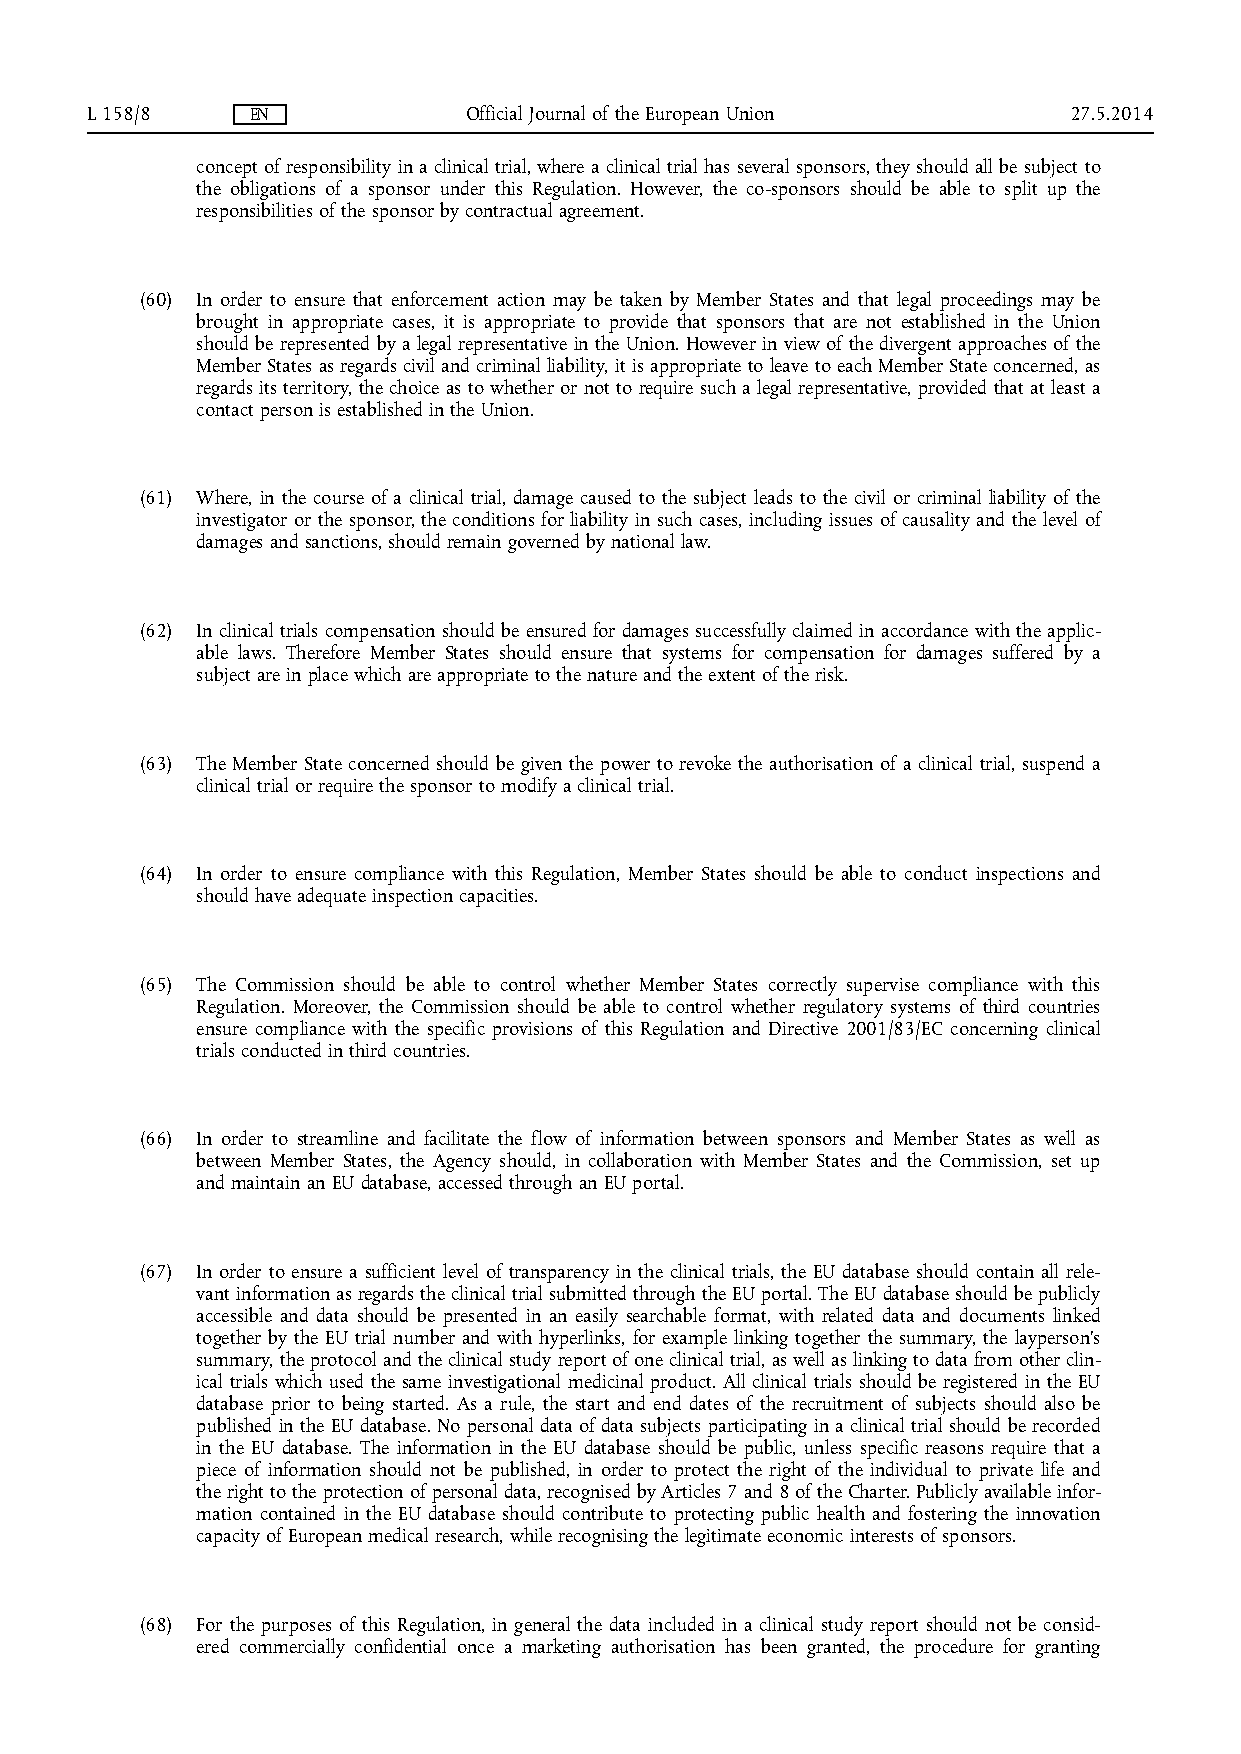
L 158/8    EN            Official Journal of the European Union  27.5.2014
 concept of responsibility in a clinical trial, where a clinical trial has several sponsors, they should all be subject to
 the obligations of a sponsor under this Regulation. However, the co-sponsors should be able to split up the
 responsibilities of the sponsor by contractual agreement.
 (60) In order to ensure that enforcement action may be taken by Member States and that legal proceedings may be
 brought in appropriate cases, it is appropriate to provide that sponsors that are not established in the Union
 should be represented by a legal representative in the Union. However in view of the divergent approaches of the
 Member States as regards civil and criminal liability, it is appropriate to leave to each Member State concerned, as
 regards its territory, the choice as to whether or not to require such a legal representative, provided that at least a
 contact person is established in the Union.
 (61) Where, in the course of a clinical trial, damage caused to the subject leads to the civil or criminal liability of the
 investigator or the sponsor, the conditions for liability in such cases, including issues of causality and the level of
 damages and sanctions, should remain governed by national law.
 (62) In clinical trials compensation should be ensured for damages successfully claimed in accordance with the applic­
 able laws. Therefore Member States should ensure that systems for compensation for damages suffered by a
 subject are in place which are appropriate to the nature and the extent of the risk.
 (63) The Member State concerned should be given the power to revoke the authorisation of a clinical trial, suspend a
 clinical trial or require the sponsor to modify a clinical trial.
 (64) In order to ensure compliance with this Regulation, Member States should be able to conduct inspections and
 should have adequate inspection capacities.
 (65) The Commission should be able to control whether Member States correctly supervise compliance with this
 Regulation. Moreover, the Commission should be able to control whether regulatory systems of third countries
 ensure compliance with the specific provisions of this Regulation and Directive 2001/83/EC concerning clinical
 trials conducted in third countries.
 (66) In order to streamline and facilitate the flow of information between sponsors and Member States as well as
 between Member States, the Agency should, in collaboration with Member States and the Commission, set up
 and maintain an EU database, accessed through an EU portal.
 (67) In order to ensure a sufficient level of transparency in the clinical trials, the EU database should contain all rele­
 vant information as regards the clinical trial submitted through the EU portal. The EU database should be publicly
 accessible and data should be presented in an easily searchable format, with related data and documents linked
 together by the EU trial number and with hyperlinks, for example linking together the summary, the layperson's
 summary, the protocol and the clinical study report of one clinical trial, as well as linking to data from other clin­
 ical trials which used the same investigational medicinal product. All clinical trials should be registered in the EU
 database prior to being started. As a rule, the start and end dates of the recruitment of subjects should also be
 published in the EU database. No personal data of data subjects participating in a clinical trial should be recorded
 in the EU database. The information in the EU database should be public, unless specific reasons require that a
 piece of information should not be published, in order to protect the right of the individual to private life and
 the right to the protection of personal data, recognised by Articles 7 and 8 of the Charter. Publicly available infor­
 mation contained in the EU database should contribute to protecting public health and fostering the innovation
 capacity of European medical research, while recognising the legitimate economic interests of sponsors.
 (68) For the purposes of this Regulation, in general the data included in a clinical study report should not be consid­
 ered commercially confidential once a marketing authorisation has been granted, the procedure for granting